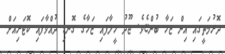
ދޮރުމަތީގައި އިން ޒަހާ ބުންޏެވެ. ޖޫދު ހީލާފައި ޒަހާގެ ގޮނޑި ދުއްވާފައި ކޮޓަރިއަށް